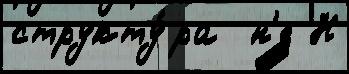
структу́ра  н'е Н